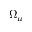
\Omega _ { \mu }